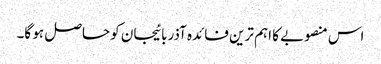
اس منصوبے کا اہم ترین فائدہ آذربائیجان کو حاصل ہو گا۔